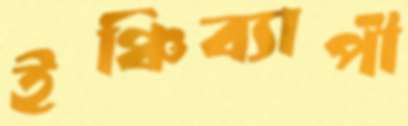
ইঞ্চিব্যাপী